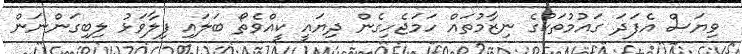
ވިޔަަސް އެފަދަ ގައުމުތަކުގެ ނިޒާމުތައް ހަމަޖެހިގެން ދިޔައީ ކީއްވެތޯ ބަލައި ފިލާވަޅު ލިބިގަންނަން